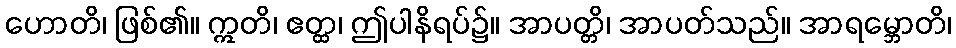
ဟောတိ၊ ဖြစ်၏။ ဣတိ၊ ဧတ္ထ၊ ဤပါနိရပ်၌။ အာပတ္တိ၊ အာပတ်သည်။ အာရမ္ဘောတိ၊